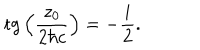
LaTeX: \mathrm { t g } \left( \frac { z _ { 0 } } { 2 { \hbar } c } \right) = - \frac { i } { 2 } .